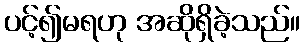
ပင့်၍မရဟု အဆိုရှိခဲ့သည်။